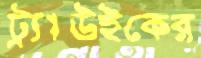
ট্র্যাউইকের